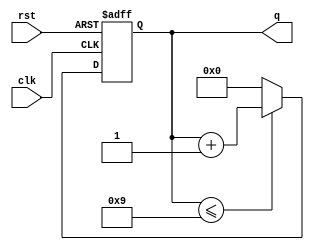
module mod10(clk,rst,q);
input clk,rst;
output reg [3:0] q;
always@(posedge clk or posedge rst)
begin 
if(rst)
q<=4'b0000;
else if (q<=4'b1001)
q<=q+1'b1;
else
q<=4'b0000;
end 
endmodule